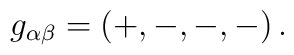
g _{\alpha \beta}=\left( +,-,-,- \right).